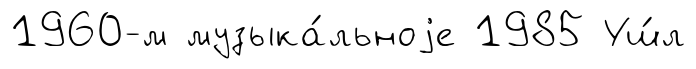
1960-м музыка́льноjе 1985 Уш́л